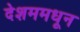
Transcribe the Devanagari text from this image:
देशममधून